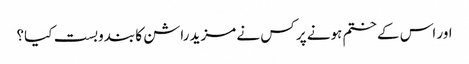
اور اس کے ختم ہونے پر کس نے مزید راشن کا بندوبست کیا؟